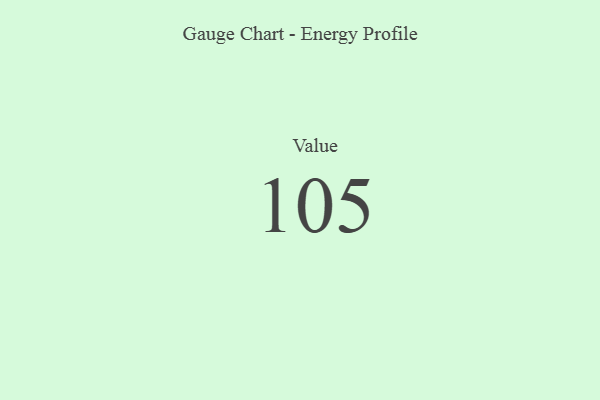
{"axis": {"x": "Metric", "y": "Value"}, "legend": [""], "data": [{"x": "Value", "y": 105, "type": ""}]}